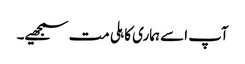
آپ اسے ہماری کاہلی مت سمجھیے۔